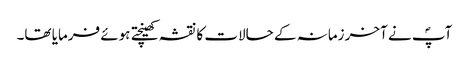
آپؐ نے آخر زمانہ کے حالات کا نقشہ کھینچتے ہوئے فرمایا تھا۔